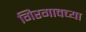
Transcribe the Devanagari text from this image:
गिरगावच्या